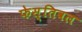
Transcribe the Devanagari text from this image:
फेस्तिवल